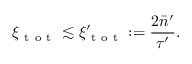
\xi _ { \mathrm { ~ t ~ o ~ t ~ } } \lesssim \xi _ { \mathrm { ~ t ~ o ~ t ~ } } ^ { \prime } : = \frac { 2 \bar { n } ^ { \prime } } { \tau ^ { \prime } } .